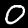
Digit: 0